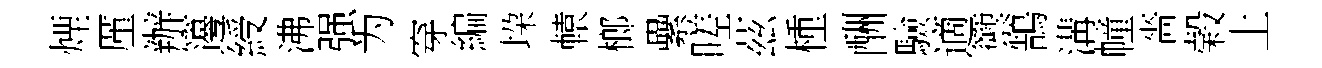
煙厪辦籩綬沸强为穿編垜轅榔纍嗟茲㮔酬驗適籞鵠溝幢嗇榖土